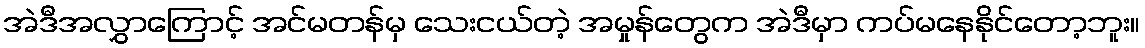
အဲဒီအလွှာကြောင့် အင်မတန်မှ သေးငယ်တဲ့ အမှုန်တွေက အဲဒီမှာ ကပ်မနေနိုင်တော့ဘူး။